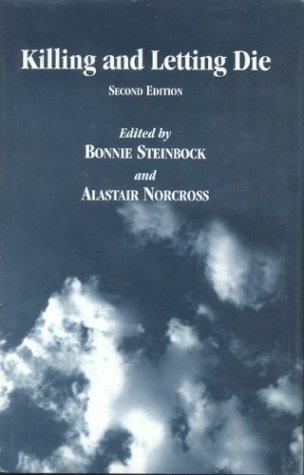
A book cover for Killing and Letting Die; Bonnie Steinbock; Medical Books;